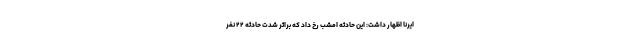
ایرنا اظهار داشت: این حادثه امشب رخ داد که براثر شدت حادثه ۲۲ نفر